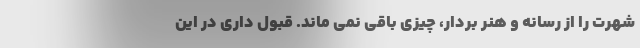
شهرت را از رسانه و هنر بردار، چیزی باقی نمی ماند. قبول داری در این